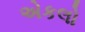
એકલો